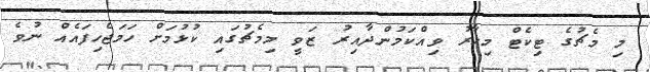
މި މެޗުގެ ޓިކެޓް މިހާރު ވިއްކަމުންދާއިރު ޒަވީ މިމެޗުގައި ކުޅުމަށް ހަމަޖެހިފައެއް ނުވެ